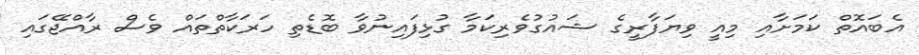
އެބައޮތް ކަމަށާއި މިއީ ވިޔަފާރީގެ ޝައުގުވެރިކަމާ ގުޅިފައިނުވާ ބޮޑެތި ހަރަކާތްތައް ވެސް ރާއްޖޭގައި